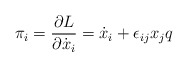
\begin{align*}\pi_i = \frac{\partial L}{\partial\dot x_i} = \dot x_i + \epsilon_{ij}x_jq\end{align*}